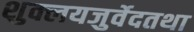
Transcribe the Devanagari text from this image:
शुक्लयजुर्वेदतथा